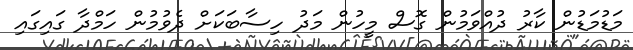
މަޑުމަޑުން ކާރު ދުއްވަމުން ގޮސް މީހުން މަދު ހިސާބަކަށް ދެވުމުން ހަމްދާ ގައިގައި